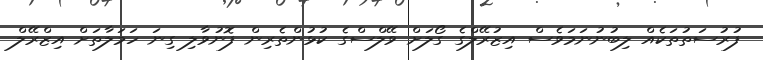
ފުރުސަތުތަކެއް ލިބުނުނަމަވެސް އިޒުރޭލްގެ ގޯލަށް ވޭލްސްގެ ކުޅުންތެރިން ފޮނުވާލި ގިނަ ހަމަލާތަށް އިޒްރޭލް